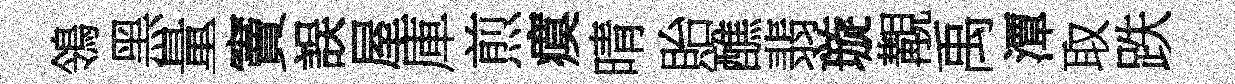
鴒黑量竇誤屋庫煎瘼晴貽醮翡璇覯禹潭取跌